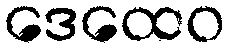
ဒေထေဝ